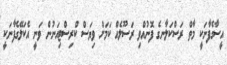
އީސާގެފާނަކީ މާތް ރަސްކަލާނގެ ފޮނުއްވި ރަސޫލެއް ކަމަށް ވިޔަސް ކްރިސްޓިއަނުން ވަނީ އެކަލޭގެފާނަކީ